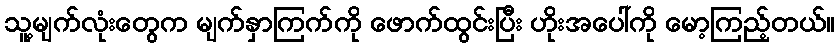
သူ့မျက်လုံးတွေက မျက်နှာကြက်ကို ဖောက်ထွင်းပြီး ဟိုးအပေါ်ကို မော့ကြည့်တယ်။